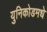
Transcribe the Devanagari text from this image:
युनिकोडमधे